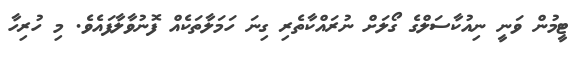
ޓީމުން ވަނީ ނިއުކާސަލްގެ ގޯލަށް ނުރައްކާތެރި ގިނަ ހަމަލާތަކެއް ފޮނުވާލާފައެވެ. މި ހުރިހާ